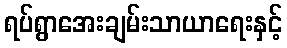
ရပ်ရွာအေးချမ်းသာယာရေးနှင့်